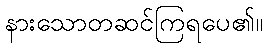
နားသောတဆင်ကြရပေ၏။